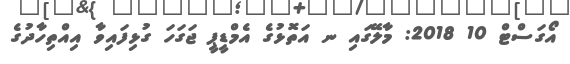
އޯގަސްޓް 10 2018: މާލޭގައި ނ އަތޮޅުގެ އެމްޑީޕީ ޖަގަހަ ގުޅިފައިވާ އިއްތިހާދުގެ